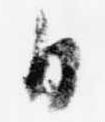
日